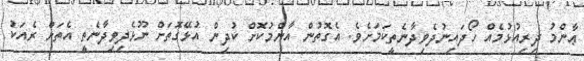
ޢާންމު ދިރިއުޅުމެއް ހޯދައިނުދެވިދާނެތީކަމަށެވެ. އެގޮތުން އާންމުކޮށް ކުދިން އުޅޭގޮތަށް ނޫޅެދިވިދާނެތީ އެތަށް ރެއަކު